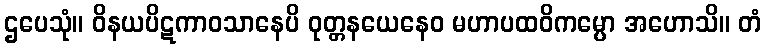
ဌပေသုံ။ ဝိနယပိဋကာဝသာနေပိ ဝုတ္တနယေနေဝ မဟာပထဝိကမ္ပော အဟောသိ။ တံ